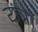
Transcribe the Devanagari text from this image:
यंंत्रों